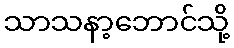
သာသနာ့ဘောင်သို့